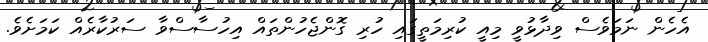
އެހެން ނަމަވެސް ވިދާޅުވީ މިއީ ކުރިމަތީގައި ހުރި ގޮންޖެހުންތައް އިހުސާސްވާ ސަރުކާރެއް ކަމަށެވެ.